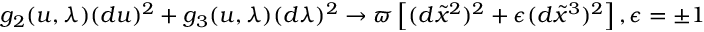
g _ { 2 } ( u , \lambda ) ( d u ) ^ { 2 } + g _ { 3 } ( u , \lambda ) ( d \lambda ) ^ { 2 } \rightarrow \varpi \left[ ( d \widetilde { x } ^ { 2 } ) ^ { 2 } + \epsilon ( d \widetilde { x } ^ { 3 } ) ^ { 2 } \right] , \epsilon = \pm 1